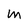
Character: M